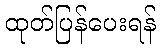
ထုတ်ပြန်ပေးရန်